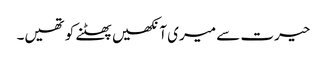
حیرت سے میری آنکھیں پھٹنے کو تھیں۔